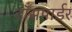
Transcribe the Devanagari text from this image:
टाँसपार्डर